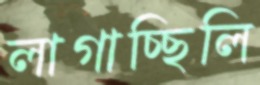
লাগাচ্ছিলি